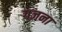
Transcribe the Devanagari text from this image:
गज़ना